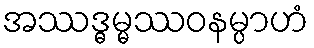
အဿဒ္ဓမ္မဿဝနမ္ပာဟံ